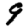
Digit: 9